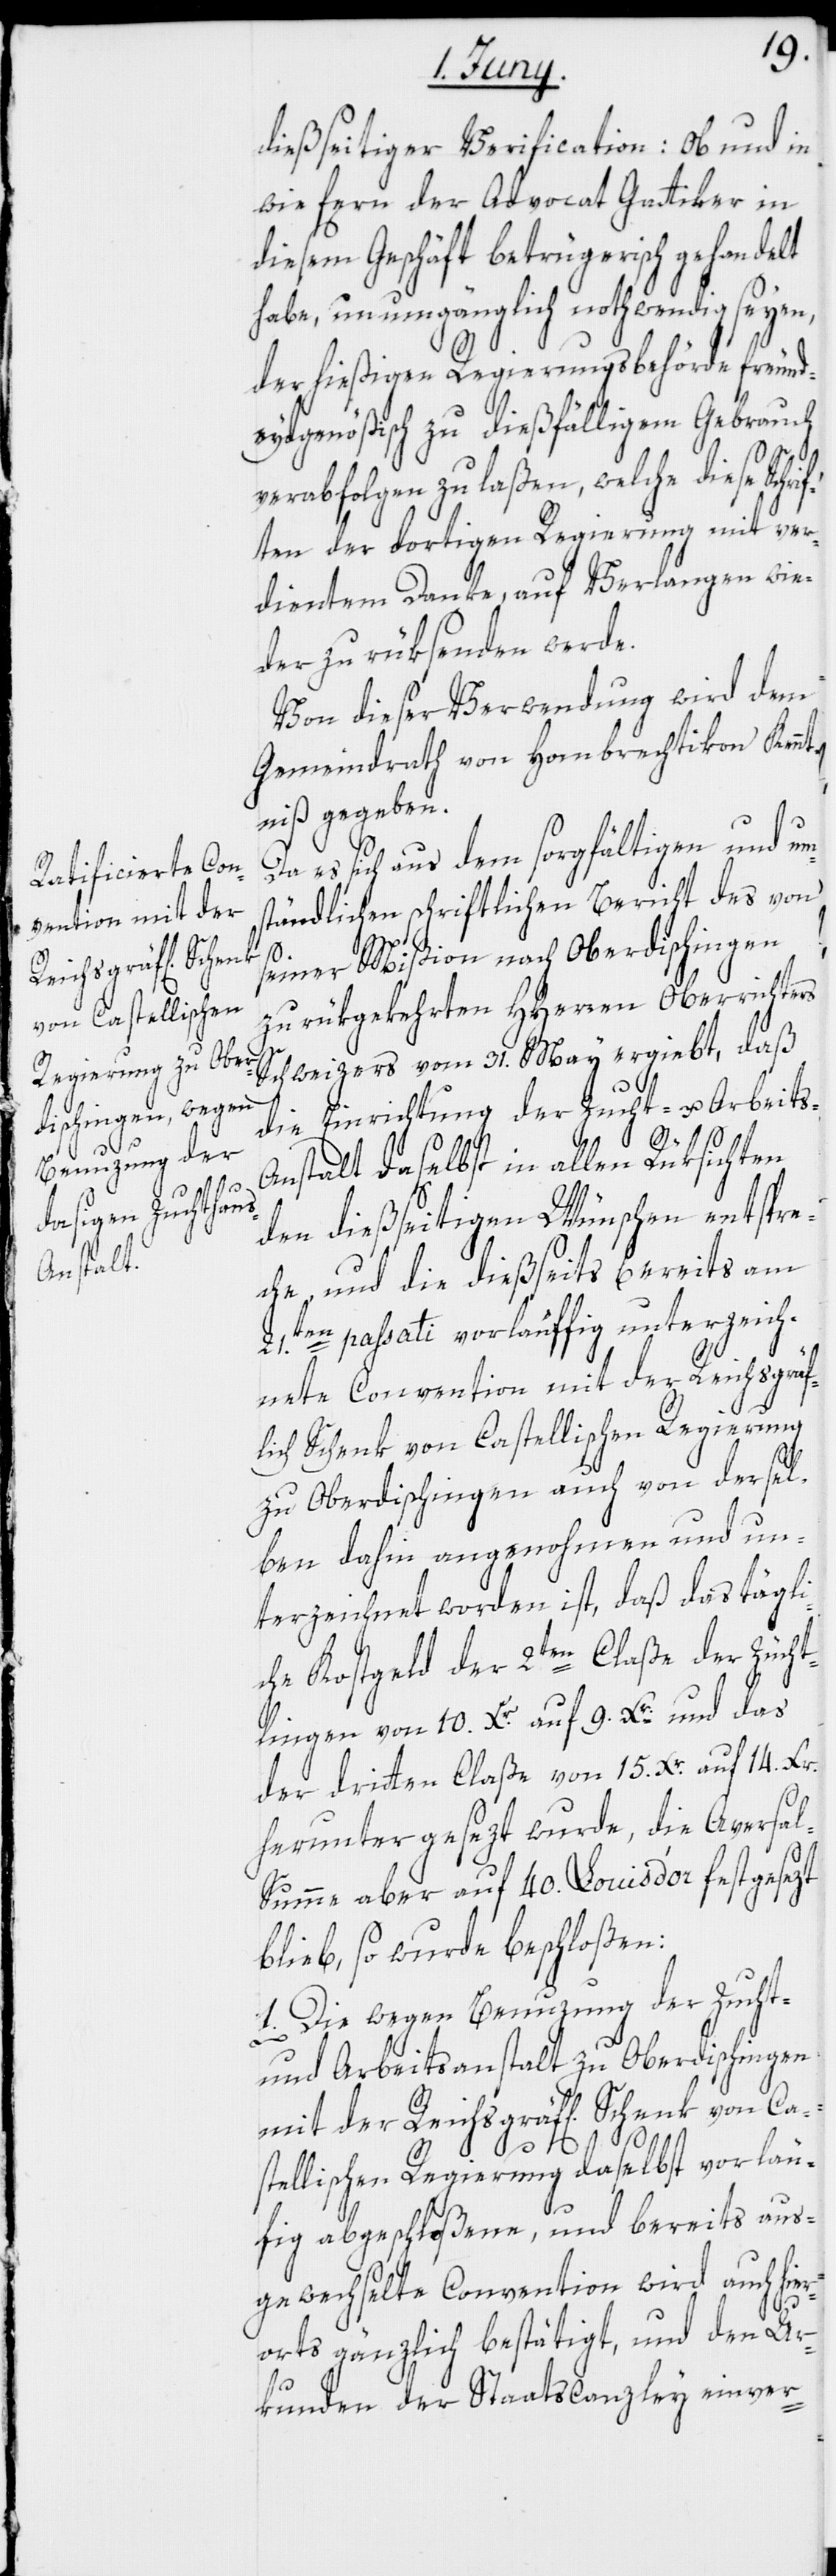
dießseitiger Verification: ob und in
wie fern der Advocat Gattiker in
diesem Geschäft betrügerisch gehandelt
habe, unumgänglich nothwendig seyen,
der hießigen Regierungsbehörde freund¬
eydgenößisch zu dießfälligem Gebrauch
s-A¬
verabfolgen zu laßen, welche diese Schri¬
ften der dortigen Regierung mit ver¬
dientem Danke, auf Verlangen wie¬
der zurüksenden werde.
Von dieser Verwendung wird dem
Gemeindrath von Hombrechtikon Kennt¬
niß gegeben.
Da es sich aus dem sorgfältigen und um¬
ständlichen schriftlichen Bericht des von
seiner Mißion nach Oberdischingen
zurükgekehrten HHerren Oberrichters
Schweizers vom 31. May ergiebt, daß
die Einrichtung der Zucht- u. Arbeit¬
nstalt daselbst in allen Rüksichten
den dießseitigen Wünschen entspre¬
che, und die dießseits bereits am
21.ten passati vorläuffig unterzeich¬
nete Convention mit der Reichsgräf¬
lich Schenk von Castellischen Regierung
zu Oberdischingen auch von dersel¬
ben dahin angenohmen und un¬
terzeichnet worden ist, daß das tägli¬
che Kostgeld der 2ten Claße der Zücht¬
lingen von 10. Xr. auf 9. Xr. und das
der dritten Claße von 15. Xr. auf 14. Xr.
heruntergesezt wurde, die Aversa¬
l-Summe aber auf 40. Louis d’or festgesezt
blieb, so wurde beschloßen:
1. Die wegen Benuzung der Zucht-
und Arbeitsanstalt zu Oberdischingen
mit der Reichsgräfl[ich] Schenk von Ca¬
stellischen Regierung daselbst vorläu¬
fig abgeschloßene, und bereits aus¬
gewechselte Convention wird auch hier¬
orts gänzlich bestätigt, und den Ur¬
kunden der Staatscanzley einver-